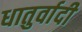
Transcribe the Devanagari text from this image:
धातुर्वादी